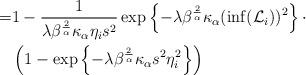
LaTeX: \begin{align*}=& 1-\frac{1}{\lambda\beta^{\frac{2}{\alpha}}\kappa_{\alpha}\eta_i s^2}\exp\left\{-\lambda \beta^{\frac{2}{\alpha}}\kappa_{\alpha}(\inf(\mathcal{L}_i))^2\right\}\cdot\\&\left(1-\exp\left\{-\lambda \beta^{\frac{2}{\alpha}}\kappa_{\alpha} s^2\eta^2_i\right\}\right)\end{align*}